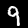
Digit: 9